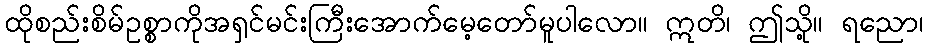
ထိုစည်းစိမ်ဥစ္စာကိုအရှင်မင်းကြီးအောက်မေ့တော်မူပါလော။ ဣတိ၊ ဤသို့။ ရညော၊